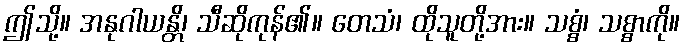
ဤသို့။ အနုဂါယန္တိ၊ သီဆိုကုန်၏။ တေသံ၊ ထိုသူတို့အား။ သစ္စံ၊ သစ္စာကို။